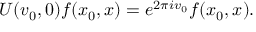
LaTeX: U ( v _ { 0 } , 0 ) f ( x _ { 0 } , x ) = e ^ { 2 \pi i v _ { 0 } } f ( x _ { 0 } , x ) .